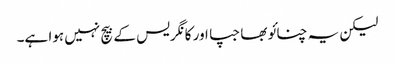
لیکن یہ چنائو بھاجپا اور کانگریس کے بیچ نہیں ہوا ہے۔